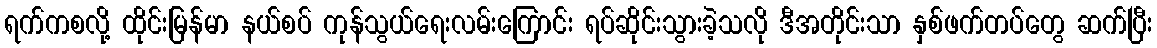
ရက်ကစလို့ ထိုင်းမြန်မာ နယ်စပ် ကုန်သွယ်ရေးလမ်းကြောင်း ရပ်ဆိုင်းသွားခဲ့သလို ဒီအတိုင်းသာ နှစ်ဖက်တပ်တွေ ဆက်ပြီး